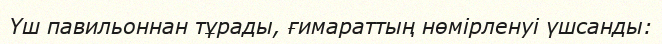
Үш павильоннан тұрады, ғимараттың нөмірленуі үшсанды: